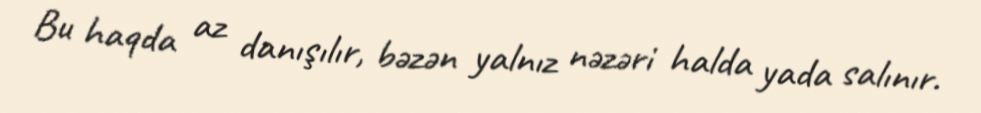
Bu haqda az danışılır, bəzən yalnız nəzəri halda yada salınır.